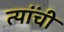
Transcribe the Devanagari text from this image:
त्यांंची